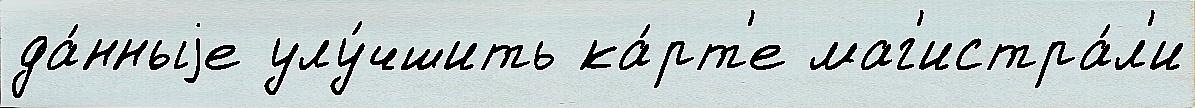
да́нныjе улу́чшить ка́рт'е маг'истра́л'и